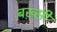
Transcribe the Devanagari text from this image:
बख़्सी